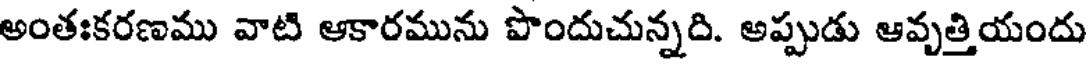
అంతఃకరణము వాటి ఆకారమును పొందుచున్నది. అప్పుడు ఆవృత్తియందు